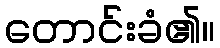
တောင်းခံ၏။